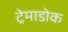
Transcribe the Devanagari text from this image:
ट्रेमाडोक